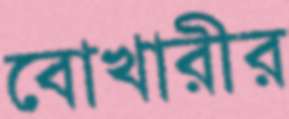
বোখারীর